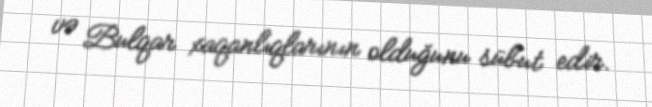
və Bulqar xaqanlıqlarının olduğunu sübut edir.